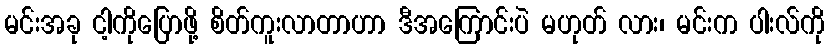
မင်းအခု ငါ့ကိုပြောဖို့ စိတ်ကူးလာတာဟာ ဒီအကြောင်းပဲ မဟုတ် လား၊ မင်းက ပါးလ်ကို